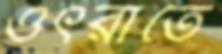
ওৎরাতে